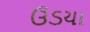
ઉડયા